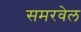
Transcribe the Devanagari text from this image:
समरवेल